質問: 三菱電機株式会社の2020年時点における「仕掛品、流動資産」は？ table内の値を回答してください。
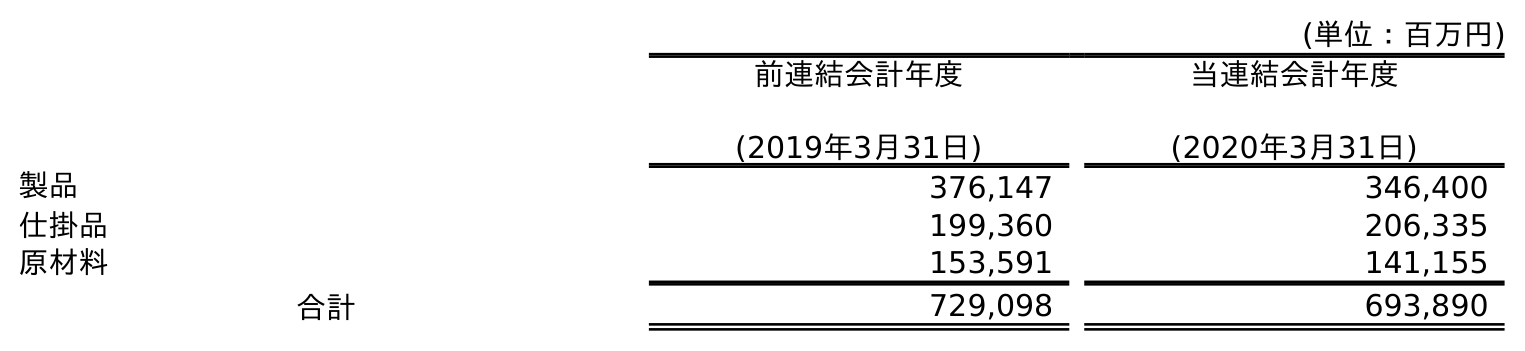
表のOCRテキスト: (単位：百万円) 前連結会計年度 (2019年3月31日) 当連結会計年度 (2020年3月31日) 製品 376,147 346,400 仕掛品 199,360 206,335 原材料 153,591 141,155 合計 729,098 693,890
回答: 206,335